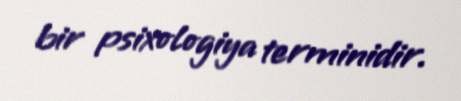
bir psixologiya terminidir.